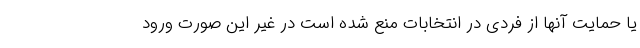
یا حمایت آنها از فردی در انتخابات منع شده است در غیر این صورت ورود